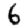
Digit: 6